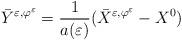
LaTeX: \begin{align*}\bar{Y}^{\varepsilon ,\varphi ^{\varepsilon }}=\frac{1}{a(\varepsilon )}(\bar{X}^{\varepsilon ,\varphi ^{\varepsilon }}-X^{0}) \end{align*}